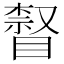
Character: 𥊨